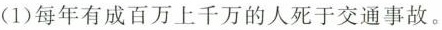
(1)每年有成百万上千万的人死于交通事故.